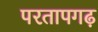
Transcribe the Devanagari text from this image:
परतापगढ़